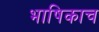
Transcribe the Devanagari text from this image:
भाषिकाच